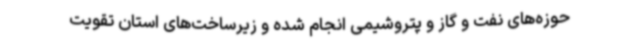
حوزه‌های نفت و گاز و پتروشیمی انجام شده و زیرساخت‌های استان تقویت